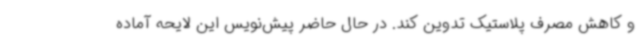
و کاهش مصرف پلاستیک تدوین کند. در حال حاضر پیش‌نویس این لایحه آماده